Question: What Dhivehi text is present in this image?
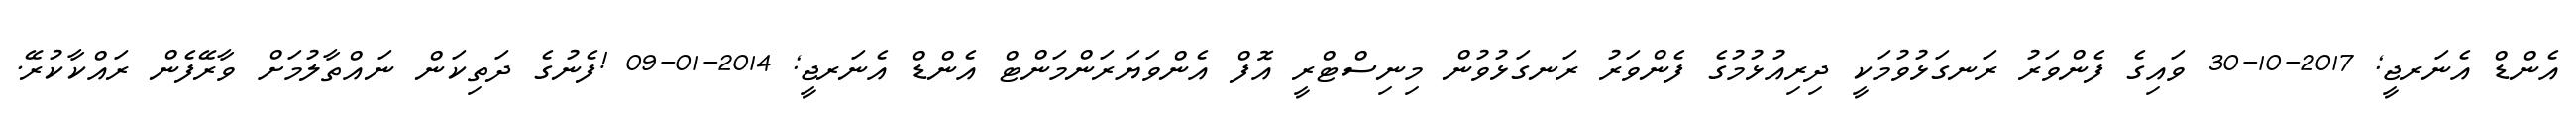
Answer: އެންޑް އެނަރޖީ; 2017-10-30 ވައިގެ ފެންވަރު ރަނގަޅުވުމަކީ ދިރިއުޅުމުގެ ފެންވަރު ރަނގަޅުވުން މިނިސްޓްރީ އޮފް އެންވަޔަރަންމަންޓް އެންޑް އެނަރޖީ; 2014-01-09 !ފެނުގެ ދަތިކަން ނައްތާލުމަށް ވާރޭފެން ރައްކާކުރޭ.